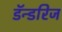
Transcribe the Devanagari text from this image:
डॅन्डरिज